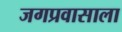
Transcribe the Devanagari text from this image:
जगप्रवासाला